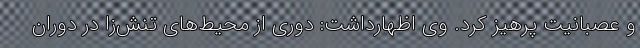
و عصبانیت پرهیز کرد. وی اظهارداشت: دوری از محیط‌های تنش‌زا در دوران